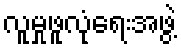
လူမှုဖူလုံရေးအဖွဲ့